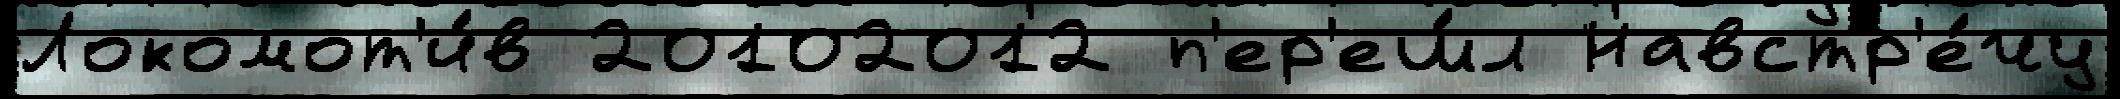
Локомот'и́в 20102012 п'ер'еш́л Навстр'е́чу